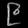
Digit: ၉